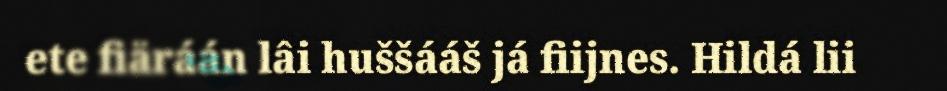
ete fiäráán lâi huššááš já fiijnes. Hildá lii